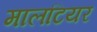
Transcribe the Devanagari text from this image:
मालटियर